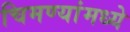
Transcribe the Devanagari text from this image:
चिमण्यांमध्ये